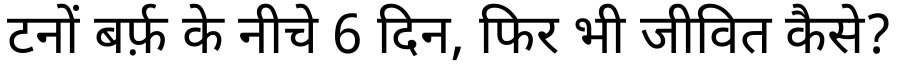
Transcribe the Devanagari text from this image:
टनों बर्फ़ के नीचे 6 दिन, फिर भी जीवित कैसे?